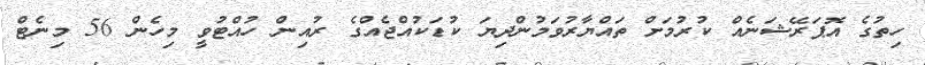
ހިތުގެ އޮޕަރޭޝަނެއް ކުރުމަށް ތައްޔާރުވަމުންދިޔަ ކުޑަކުއްޖެއްގެ ރުއިން ހުއްޓުވީ މިހެން 56 މިނެޓް